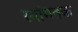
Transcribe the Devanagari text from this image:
स्यांमतक